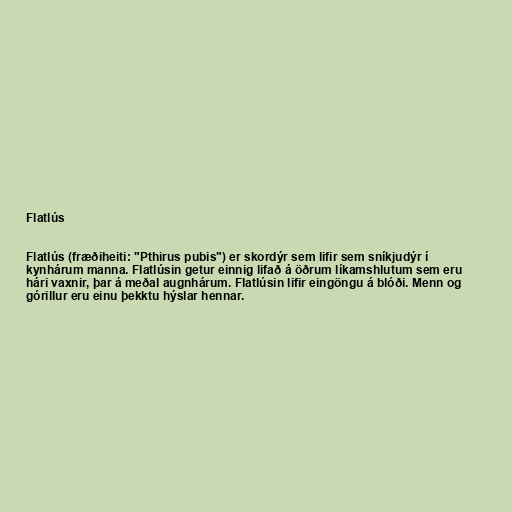
Flatlús

Flatlús (fræðiheiti: "Pthirus pubis") er skordýr sem lifir sem sníkjudýr í
kynhárum manna. Flatlúsin getur einnig lifað á öðrum líkamshlutum sem eru
hári vaxnir, þar á meðal augnhárum. Flatlúsin lifir eingöngu á blóði. Menn og
górillur eru einu þekktu hýslar hennar.